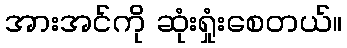
အားအင်ကို ဆုံးရှုံးစေတယ်။